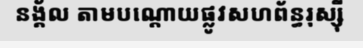
នង្គ័ល តាមបណ្តោយផ្លូវសហព័ន្ធរុស្ស៊ី